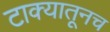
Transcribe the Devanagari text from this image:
टाक्यातूनच